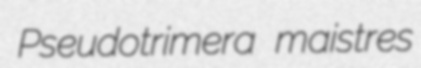
Pseudotrimera maistres